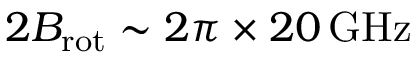
2 B _ { \mathrm { r o t } } \sim 2 \pi \times 2 0 \, \mathrm { G H z }